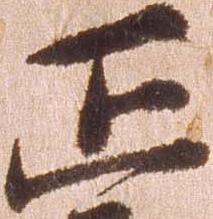
正